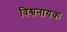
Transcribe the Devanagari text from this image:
विश्वनायक